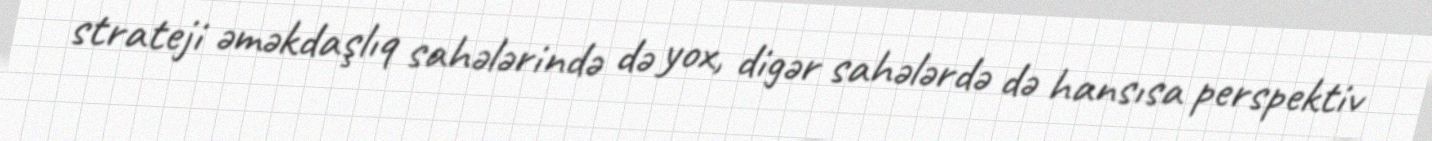
strateji əməkdaşlıq sahələrində də yox, digər sahələrdə də hansısa perspektiv